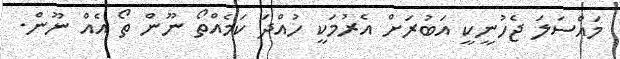
މައްސަލަ ޖެހުނީކީ އަބުރަށް އެރުމަކީ ހުއްދަ ކަމެއްތޯ ނޫން ތޯ އެއް ނޫން.